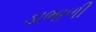
ડાભાળી